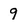
Character: 9